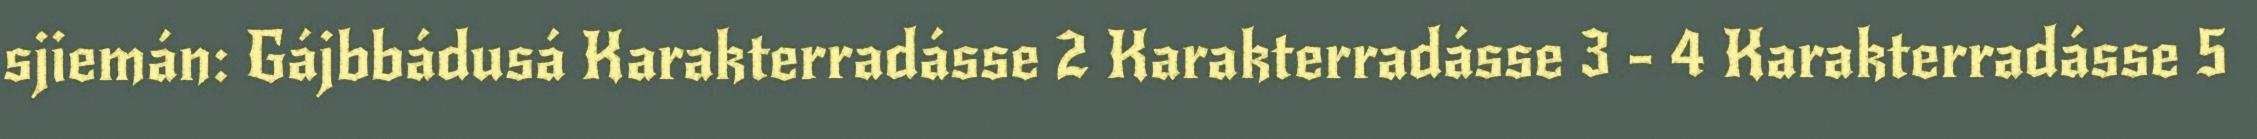
sjiemán: Gájbbádusá Karakterradásse 2 Karakterradásse 3 - 4 Karakterradásse 5